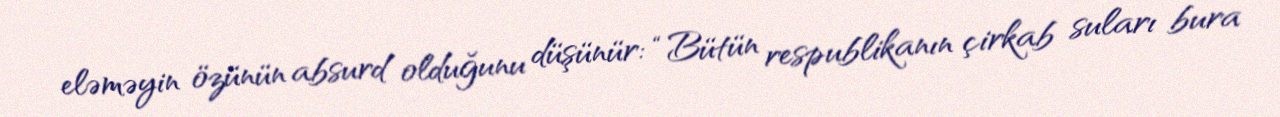
eləməyin özünün absurd olduğunu düşünür: “Bütün respublikanın çirkab suları bura